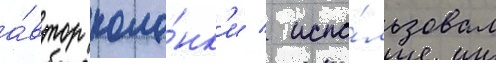
а́втор коло́нк'и / испо́льзовал